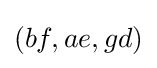
(bf,ae,gd)